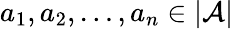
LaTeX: a_{1},a_{2},\dots,a_{n}\in|{\mathcal{A}}|